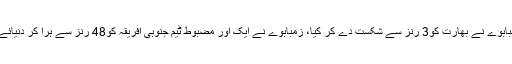
ایونٹ کا پہلا اپ سیٹ زمبابوے نے بھارت کو3 رنز سے شکست دے کر کیا، زمبابوے نے ایک اور مضبوط ٹیم جنوبی افریقہ کو48 رنز سے ہرا کر دنیائے کرکٹ کو حیران کر دیا۔